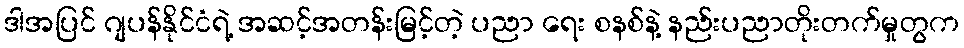
ဒါအပြင် ဂျပန်နိုင်ငံရဲ့ အဆင့်အတန်းမြင့်တဲ့ ပညာ ရေး စနစ်နဲ့ နည်းပညာတိုးတက်မှုတွက